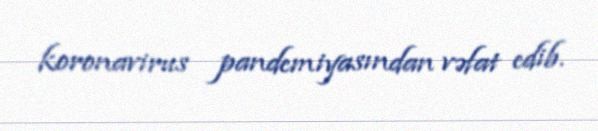
koronavirus pandemiyasından vəfat edib.